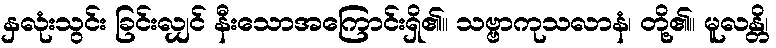
နှလုံးသွင်း ခြင်းလျှင် နီးသောအကြောင်းရှိ၏။ သဗ္ဗာကုသလာနံ၊ တို့၏။ မူလန္တိ၊